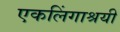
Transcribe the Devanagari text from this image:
एकलिंगाश्रयी